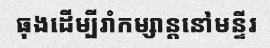
ធុងដើម្បីរាំកម្សាន្តនៅមន្ទីរ